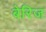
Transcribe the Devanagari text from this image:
बेरिज